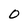
Character: O